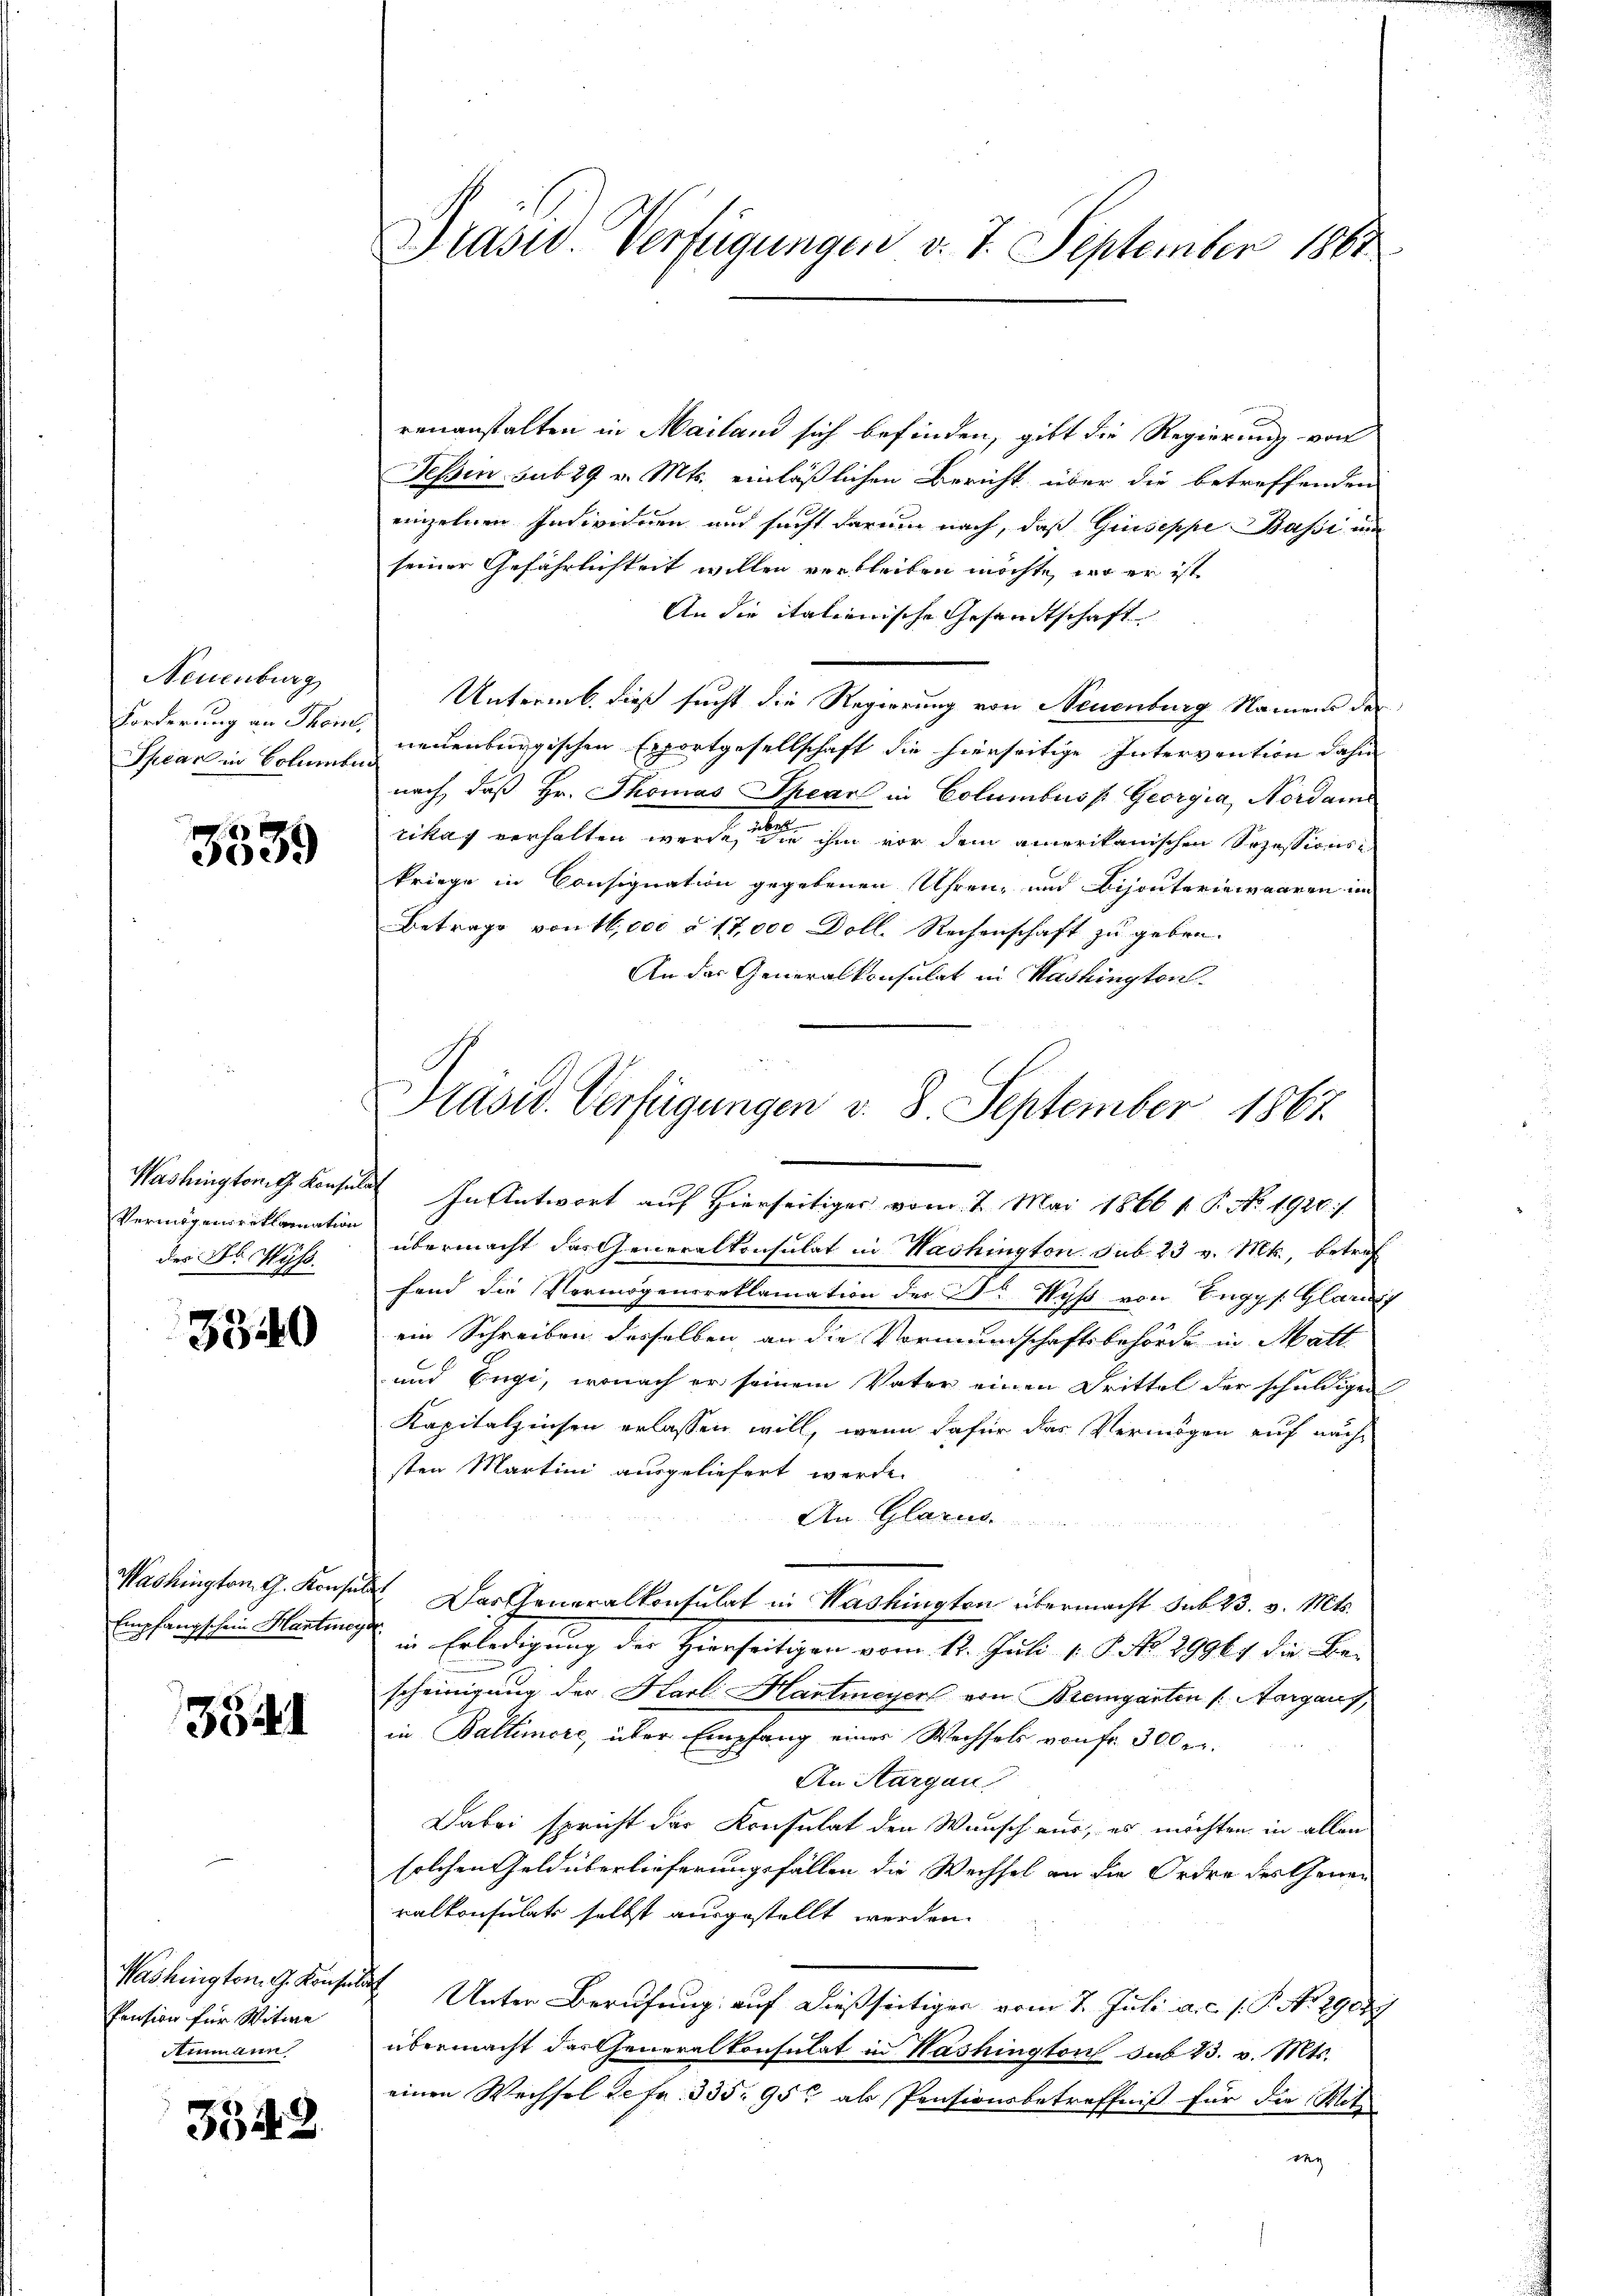
Neuenburg
Forderung an Theil,

3539

des F. Wyss.

3340

Washington G. Konsin
Empfangschein Hartmey

3541

Washington G. Konser
Pension für Witwe
Ammann

3542.

Pravii Verfügungen v. 7. September 1800

renanstalten in Mailand sich befinden, gibt die Regierung von
Tessin sub 29 v. Mts. einläßlichen Bericht über die betreffenden
einzelnen Individuen und sucht darum nach, daß Giuseppe Bassi un
seiner Gefährlichkeit willen verbleiben möchte, wo er ist
An die italienische Gesandtschaft
Untermb. dieß sucht die Regierung von Neuenburg Namens der
Pfcar in Bohnen neuenburgischen Erfortgesellschaft die hierseitige Intervention dahin
nach, daß Hr. Thomas Spear in Columbus s Georgia, Nordame
n
rikas verhalten werde, in ihm vor dem amerikanischen Sezessionskriege in Consignation gegebenen Uhren, und Bijouteriewaaren im
Betrage von 16,000 § 17,000 Doll. Rechenschaft zu geben.
An das Generalkonsulat in Washington
Washington Konsulat In Antwort auf Hierseitiges vom 27. Mai 1866 t. P. No. 1920./
Vermögensreklamation übermacht das Generalkonsulat in Washington sub. 23 v. Mts., betref
fand die Vermögensreklamation der Dr Wyß von Enggs. Glarus
ein Schreiben desselben an die Vormundschaftsbehörde in Matt
und Engi, wonach er seinem Vater einen Drittel der schuldigen
Kapitalzinsen erlassen will, wenn dafür das Vermögen auf nächsten Martini ausgeliefert werde.
An. Glarus.
 Das Generalkonsulat in Washingten übermacht sub 23. v. Mts.
in Erledigung der Hierseitigen vom 12. Juli 1 P. No 29961 die Bescheinigung der Karl Hartmeyer von Bremgarten /: Margaus,
in Baltenere, über Empfang eines Wechsels von fr. 300 r.
An Aargau
Dabei spricht der Konsulat den Wunsch aus, es möchten in allen
solchen Geldüberlieferungsfällen die Wechsel an die Ordre des Gener
ralkonsulats selbst ausgestellt worden.
ich
Unter Berufung auf dießseitigen vom 2. Juli a. c. s. P. No. 2900.
übermacht das Generalkonsulat in Washington sub 23. v. Mts.
einen Wechsel zefr. 335. 95 als Pensionsbetreffniß für die Mot
t

Präsid. Verfügungen v. 8. September 1867.